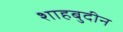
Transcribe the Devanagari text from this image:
शाहबुदीन